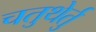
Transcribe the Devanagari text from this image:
चतुथेर्तु